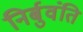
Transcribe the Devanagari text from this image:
निर्बुवंति